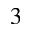
^ 3